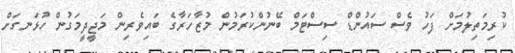
ކުރިމަތިލުމަށް ފަހު ވެސް ސައުންޑް ސިސްޓަމް ބޭނުންކުރަމުން މުޒާހަރާގެ ބައިވެރިން މަޖީދީމަގުން ހުޅަނގަށް